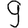
Digit: 9